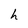
Character: h